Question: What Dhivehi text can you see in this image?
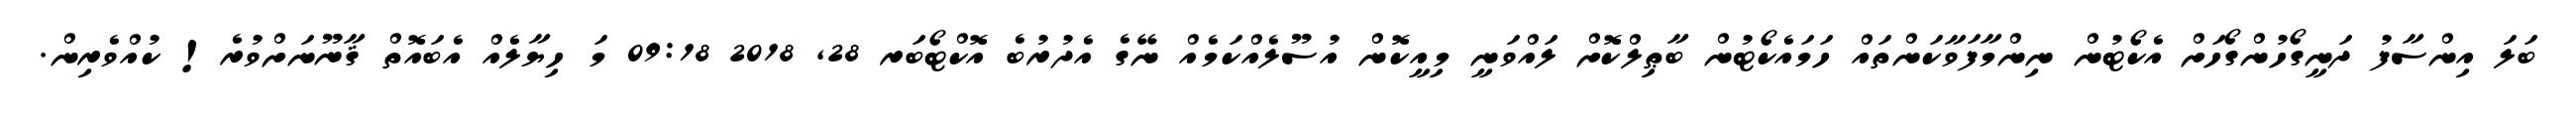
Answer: ބަލަ އިންސާފު ދަނީގޯހުންގޯހަށް އެކޯޓުން ނިންމާފަވާކަންތައް ހަމައެކޯޓުން ބާޠިލްކޮށް ލައްވަނީ މިއީކޮން އުސޫލެއްކަމެއް ނޭގެ އެދުރުބެ އޮކްޓޯބަރ 28, 2018 09:18 މަ ހިޔާލެއް އެބައޮތް ޤާނޫނަށްވުރެ! ކުއްވެރިން.